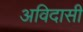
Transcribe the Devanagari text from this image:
अविदासी